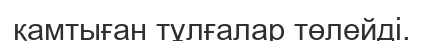
қамтыған тұлғалар төлейді.